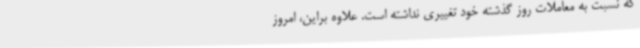
که نسبت به معاملات روز گذشته خود تغییری نداشته است. علاوه براین، امروز